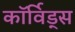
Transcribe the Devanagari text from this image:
कॉर्विड्स